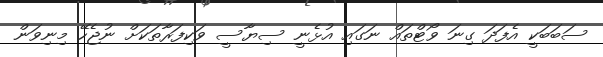
ސަބަބަކީ އެފަދަ ގިނަ ވޯޓްތައް ނަގައި އުޅެނީ ސިޔާސީ ވަކިފަރާތަކަށް ނުޖެހޭ މިނިވަން